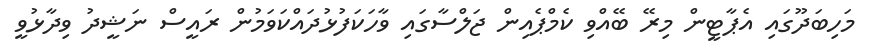
މަހިބަދޫގައި އެޕާޓީން މިރޭ ބޭއްވި ކެމްޕެއިން ޖަލްސާގައި ވާހަކަފުޅުދައްކަވަމުން ރައީސް ނަޝީދު ވިދާޅުވީ